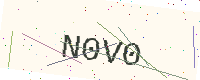
Text: N0V0